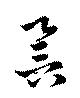
誉